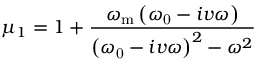
\mu _ { 1 } = 1 + \frac { \omega _ { \mathrm { m } } \left( \omega _ { \mathrm { 0 } } - i v \omega \right) } { \left( \omega _ { \mathrm { 0 } } - i v \omega \right) ^ { 2 } - \omega ^ { 2 } }